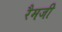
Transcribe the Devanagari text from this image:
रैमजी